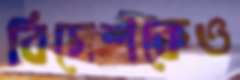
বিদেশকেও